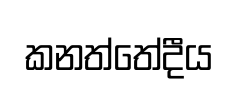
කනත්තේදීය